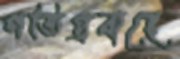
গতিপ্রবাহে